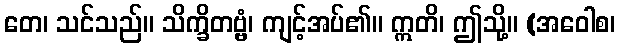
တေ၊ သင်သည်။ သိက္ခိတဗ္ဗံ၊ ကျင့်အပ်၏။ ဣတိ၊ ဤသို့။ (အဝေါစ၊